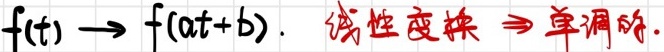
$f(t) \to f(at + b). \text{ 线性变换} \Rightarrow \text{ 单调阶.}$